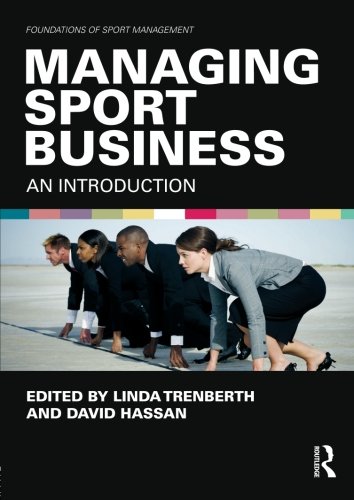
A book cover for Managing Sport Business: An Introduction (Foundations of Sport Management); Business & Money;